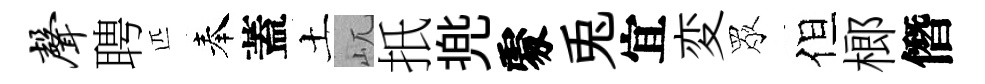
声聘匹奉蓋土屼扺兠𠁅兎宜変眾但榔僭